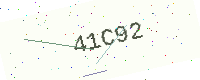
Text: 41C92